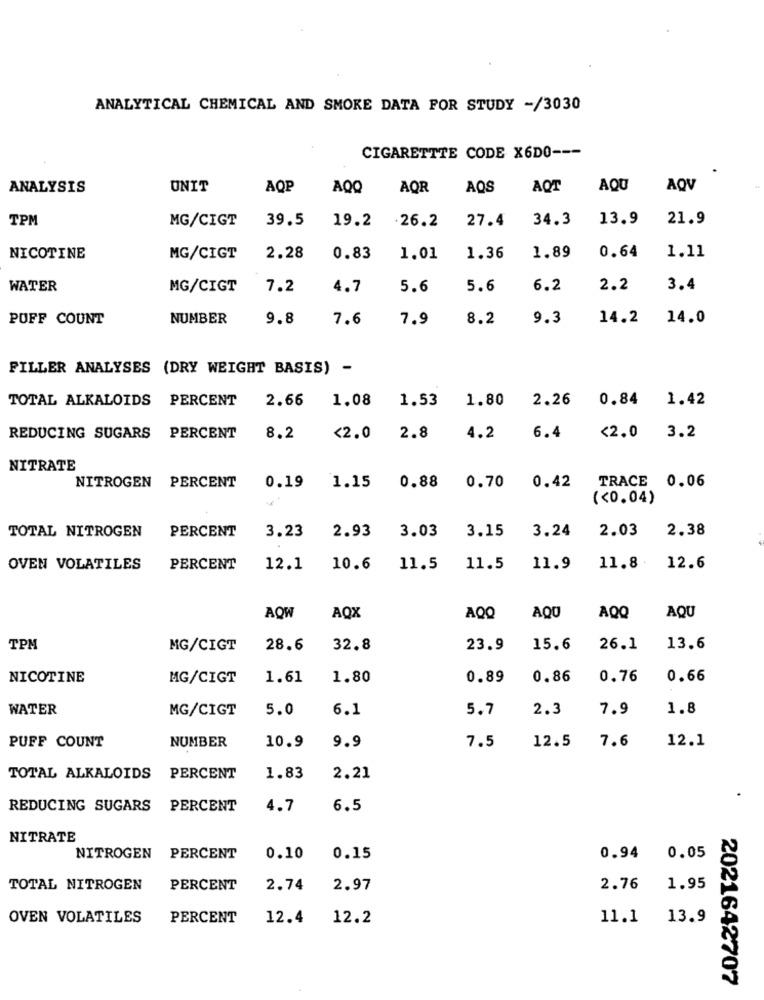
ANALYTICAL CHEMICAL AND SMOKE DATA POR STUDY -/3030
CIGARETTTE CODE X6DO ---
ANALYSIS
UNIT
AQP
AQQ
AQR
AQS
AQT
AQU
AQV
TPM
MG/CIGT
39.5
19.2
.26.2
27.4
34.3
13.9
21.9
0.64
1.11
NICOTINE
MG/CIGT
2.28
0.83
1.01
1.36
1.89
WATER
MG/CIGT
7.2
4.7
5.6
5.6
6.2
2.2
3.4
PUFF COUNT
NUMBER
9.8
7.6
7.9
8.2
9.3
14.2
14.0
FILLER ANALYSES (DRY WEIGHT BASIS) -
TOTAL ALKALOIDS PERCENT
2.66
1.08
1.53
1.80
2.26
0.84 1.42
3.2
REDUCING SUGARS PERCENT
8.2
<2.0
2.8
4.2
6.4
<2.0
NITRATE
NITROGEN PERCENT
1.15
0.88
0.70
0.19
0.42
TRACE 0.06
(<0.04)
TOTAL NITROGEN
PERCENT
2.93
3.24
2.03
2.38
3.23
3.03
3.15
OVEN VOLATILES
PERCENT
12.1
10.6
11.5
11.5
11.9
11.8
12.6
AQU
AQW
AQX
AQQ
AQU
AQQ
TPM
MG/CIGT
28.6
32.8
23.9
15.6
26.1
13.6
NICOTINE
MG/CIGT
1.61
1.80
0.89
0.86
0.76
0.66
WATER
MG/CIGT
5.0
6.1
5.7
2.3
7.9
1.8
9.9
12.5
7.6
12.1
PUFF COUNT
NUMBER
10.9
7.5
TOTAL ALKALOIDS PERCENT
1.83
2.21
REDUCING SUGARS PERCENT
4.7
6.5
NITRATE
NITROGEN PERCENT
0.10
0.15
0.94
0.05
TOTAL NITROGEN
PERCENT
2.74
2.97
2.76
1.95
OVEN VOLATILES
PERCENT
12.4
12.2
11.1
13.9
2021642707